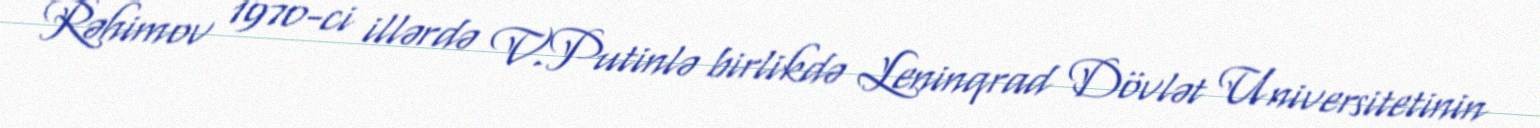
Rəhimov 1970-ci illərdə V.Putinlə birlikdə Leninqrad Dövlət Universitetinin